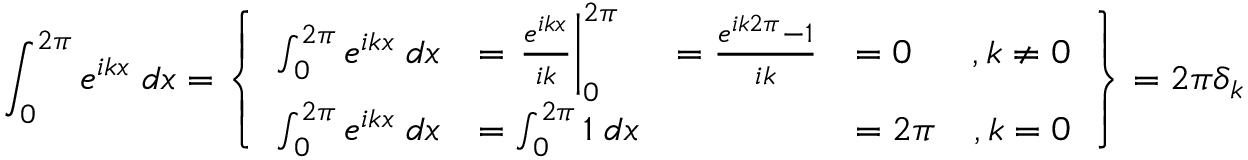
\int _ { 0 } ^ { 2 \pi } e ^ { i k x } \; d x = \left\{ \begin{array} { r l r l r } { \int _ { 0 } ^ { 2 \pi } e ^ { i k x } \; d x } & { = \left. \frac { e ^ { i k x } } { i k } \right| _ { 0 } ^ { 2 \pi } } & { = \frac { e ^ { i k 2 \pi } - 1 } { i k } } & { = 0 } & { , k \neq 0 } \\ { \int _ { 0 } ^ { 2 \pi } e ^ { i k x } \; d x } & { = \int _ { 0 } ^ { 2 \pi } 1 \; d x } & & { = 2 \pi } & { , k = 0 } \end{array} \right\} = 2 \pi \delta _ { k }